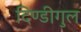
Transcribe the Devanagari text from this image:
दिण्डीगुल